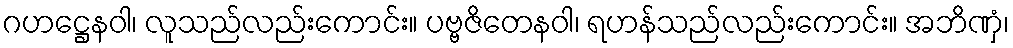
ဂဟဋ္ဌေနဝါ၊ လူသည်လည်းကောင်း။ ပဗ္ဗဇိတေနဝါ၊ ရဟန်သည်လည်းကောင်း။ အဘိဏှံ၊